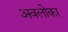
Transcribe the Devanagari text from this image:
अवलोका